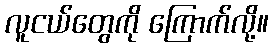
လူငယ်တွေကို ကြောက်လို့။